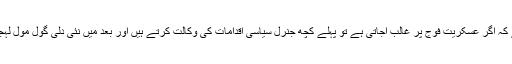
حکومت ہند کی ایک روایت رہی ہے کہ اگر عسکریت فوج پر غالب آجاتی ہے تو پہلے کچھ جنرل سیاسی اقدامات کی وکالت کرتے ہیں اور بعد میں نئی دلی گول مول لہجے میں بات چیت کا آغاز کرتی ہے۔